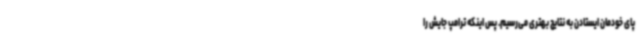
پای خودمان ایستادن به نتایج بهتری می‌رسیم. پس اینکه ترامپ جایش را